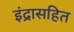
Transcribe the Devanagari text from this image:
इंद्रासहित